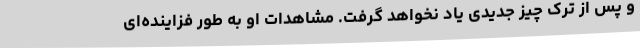
و پس از ترک چیز جدیدی یاد نخواهد گرفت. مشاهدات او به طور فزاینده‌ای